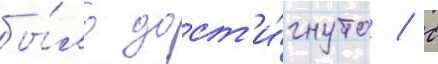
бы́ло дост'и́гнуто / с